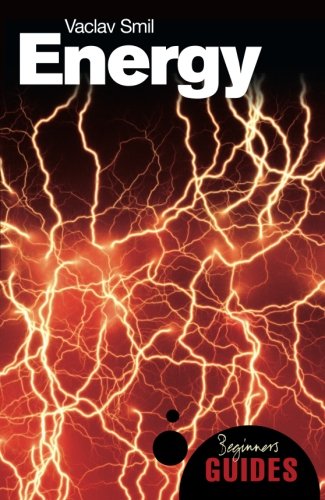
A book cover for Energy: A Beginner's Guide (Beginner's Guides); Vaclav Smil; Engineering & Transportation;